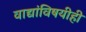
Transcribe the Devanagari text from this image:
वाद्यांविषयीही